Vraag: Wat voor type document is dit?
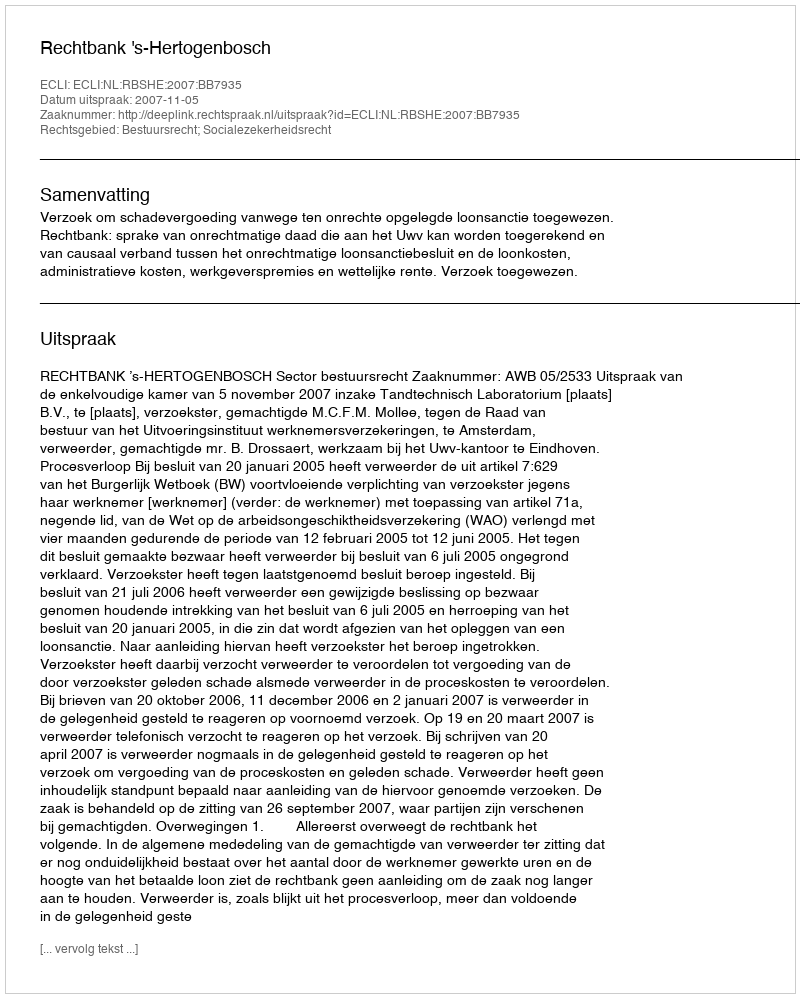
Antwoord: Uitspraak